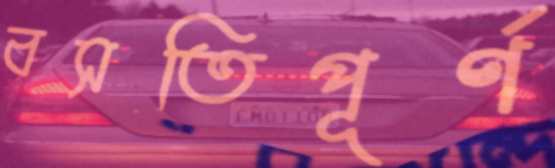
বসতিপূর্ণ